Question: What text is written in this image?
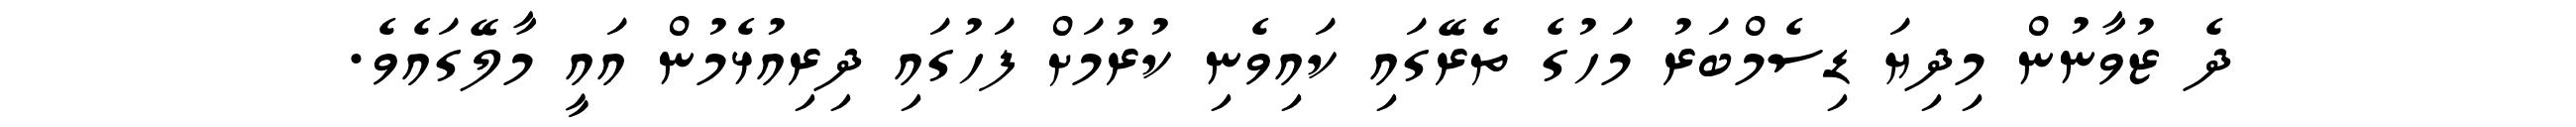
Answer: ދެ ޒުވާނުން މިދިޔަ ޑިސެމްބަރު މަހުގެ ތެރޭގައި ކައިވެނި ކުރުމަށް ފަހުގައި ދިރިއުޅެމުން އައީ މާލޭގައެވެ.